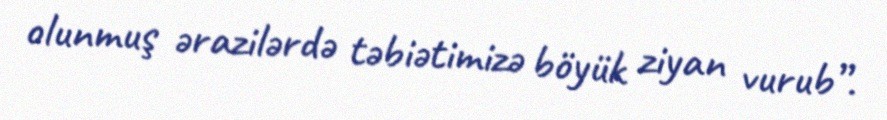
olunmuş ərazilərdə təbiətimizə böyük ziyan vurub”.